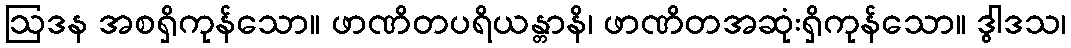
ဩဒန အစရှိကုန်သော။ ဖာဏိတပရိယန္တာနိ၊ ဖာဏိတအဆုံးရှိကုန်သော။ ဒွါဒသ၊